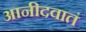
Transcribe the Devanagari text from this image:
आनीदवातं